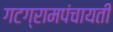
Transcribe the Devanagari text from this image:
गटग्रामपंचायती